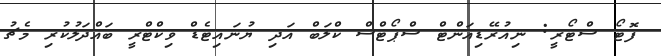
ފޮޓޯ ސްޓޯރީ: ނިއުރޭޑިއަންޓް ސްޕޯޓްސް ކްލަބް އަދި ޔުނައިޓެޑް ވިކްޓްރީ ބައްދަލުކުރި މެޗު